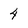
Character: 4